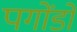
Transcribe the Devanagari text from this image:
पगोंडो